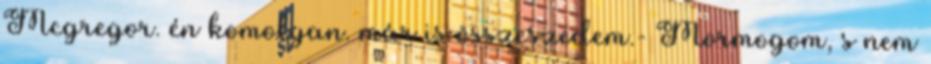
Mcgregor. én komolyan. már is összeszedem.- Mormogom, s nem